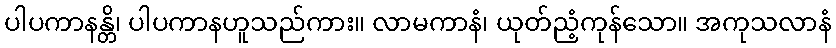
ပါပကာနန္တိ၊ ပါပကာနဟူသည်ကား။ လာမကာနံ၊ ယုတ်ညံ့ကုန်သော။ အကုသလာနံ